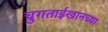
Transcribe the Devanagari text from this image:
चुगताईखानच्या